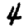
Digit: 4